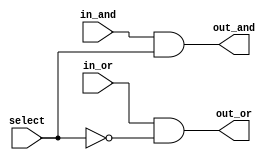
/*
* Aluno: Henrique Augusto Rodrigues
* Arquitetura 1 - Tarde
* Guia_07  Exemplo 0701.
*/
module mux (output out_and, out_or, input in_and, in_or, select);

//wires
wire not_select;


//portas
not NOT1 (not_select, select);
and AND1 (out_and, in_and, select);
and AND2 (out_or, in_or, not_select);

endmodule

module Exemplo0701;

//definicoes

reg a, b, select;
wire and_out, or_out, mux_and, mux_or;

and AND1 (and_out, a, b);
or OR1 (or_out, a, b);

mux MUX1(mux_and, mux_or, and_out, or_out, select);

initial
begin: main
$display("Exemplo_0701");
$display("675263 - Henrique Augusto Rodrigues");
$display(" a  b  select s_and s_or");

a=1'b0; b=1'b0; select=1'b0;

//monitor
#1 $monitor(" %b  %b     %b     %b    %b", a, b, select, mux_and, mux_or);

#1 a=1'b0; b=1'b1; select=1'b0;
#1 a=1'b1; b=1'b0; select=1'b0;
#1 a=1'b1; b=1'b1; select=1'b0;
#1 a=1'b0; b=1'b0; select=1'b1;
#1 a=1'b0; b=1'b1; select=1'b1;
#1 a=1'b1; b=1'b0; select=1'b1;
#1 a=1'b1; b=1'b1; select=1'b1;

end
endmodule